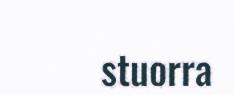
stuorra